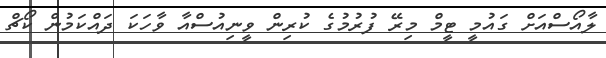
ލާއޯސްއަށް ގައުމީ ޓީމް މިރޭ ފުރުމުގެ ކުރިން ވީނިއުސްއާ ވާހަކަ ދައްކަމުން ކޯޗް